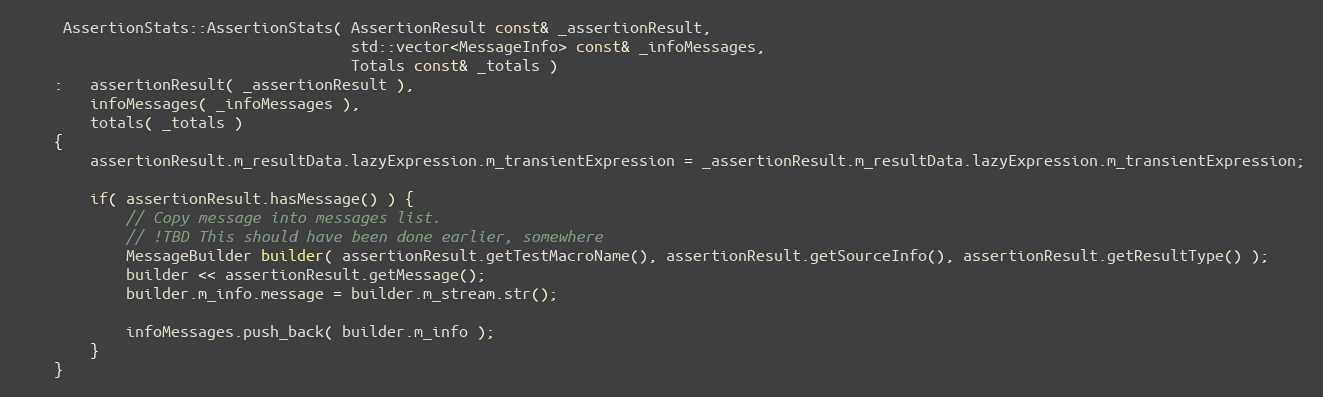
Language: C++
     AssertionStats::AssertionStats( AssertionResult const& _assertionResult,
                                     std::vector<MessageInfo> const& _infoMessages,
                                     Totals const& _totals )
    :   assertionResult( _assertionResult ),
        infoMessages( _infoMessages ),
        totals( _totals )
    {
        assertionResult.m_resultData.lazyExpression.m_transientExpression = _assertionResult.m_resultData.lazyExpression.m_transientExpression;

        if( assertionResult.hasMessage() ) {
            // Copy message into messages list.
            // !TBD This should have been done earlier, somewhere
            MessageBuilder builder( assertionResult.getTestMacroName(), assertionResult.getSourceInfo(), assertionResult.getResultType() );
            builder << assertionResult.getMessage();
            builder.m_info.message = builder.m_stream.str();

            infoMessages.push_back( builder.m_info );
        }
    }